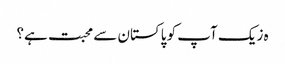
ہ زیک آپ کو پاکستان سے محبت ہے؟